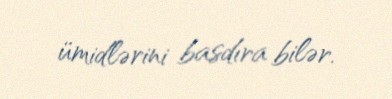
ümidlərini basdıra bilər.